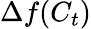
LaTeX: \Delta f(C_{t})